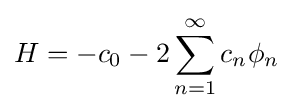
H=-c_{0}-2\sum _{n=1}^{\infty }c_{n}\phi _{n}